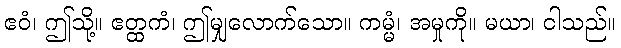
ဧဝံ၊ ဤသို့။ ဧတ္ထကံ၊ ဤမျှလောက်သော။ ကမ္မံ၊ အမှုကို။ မယာ၊ ငါသည်။